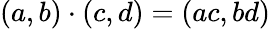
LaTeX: (a,b)\cdot(c,d)=(ac,bd)